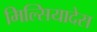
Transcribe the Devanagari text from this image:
मिल्सियादेस